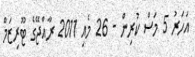
އަހަރު 5 މަސް ކުރިން - 26 މެއި 2011 ރާއްޖޭގެ ޓޫރިޒަމް